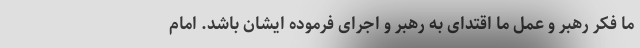
ما فکر رهبر و عمل ما اقتدای به رهبر و اجرای فرموده ایشان باشد. امام